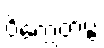
ဝိက္ကေတဗ္ဗံ